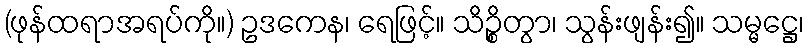
(ဖုန်ထရာအရပ်ကို။) ဥဒကေန၊ ရေဖြင့်။ သိဉ္စိတွာ၊ သွန်းဖျန်း၍။ သမ္မဋ္ဌေ၊